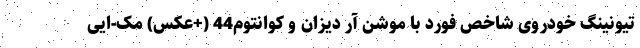
تیونینگ خودروی شاخص فورد با موشن آر دیزان و کوانتوم44 (+عکس) مک-ایی